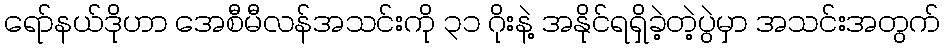
ရော်နယ်ဒိုဟာ အေစီမီလန်အသင်းကို ၃၁ ဂိုးနဲ့ အနိုင်ရရှိခဲ့တဲ့ပွဲမှာ အသင်းအတွက်